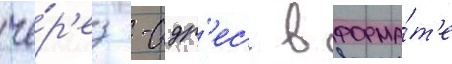
че́р'ез -адр'ес в форма́т'е